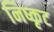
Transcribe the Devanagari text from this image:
निष्कृट